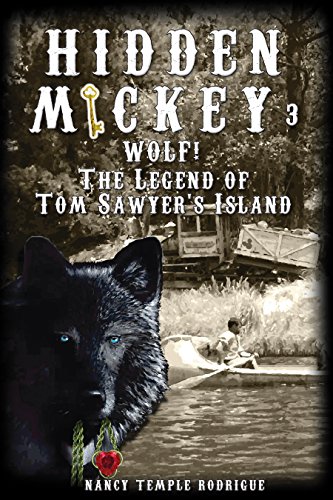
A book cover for Hidden Mickey 3 Wolf!: The Legend of Tom Sawyer's Island; Nancy Temple Rodrigue; Romance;